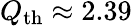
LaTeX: Q_{\mathrm{th}}\approx 2.39